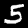
Digit: 5